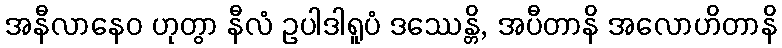
အနီလာနေဝ ဟုတွာ နီလံ ဥပါဒါရူပံ ဒဿေန္တိ, အပီတာနိ အလောဟိတာနိ